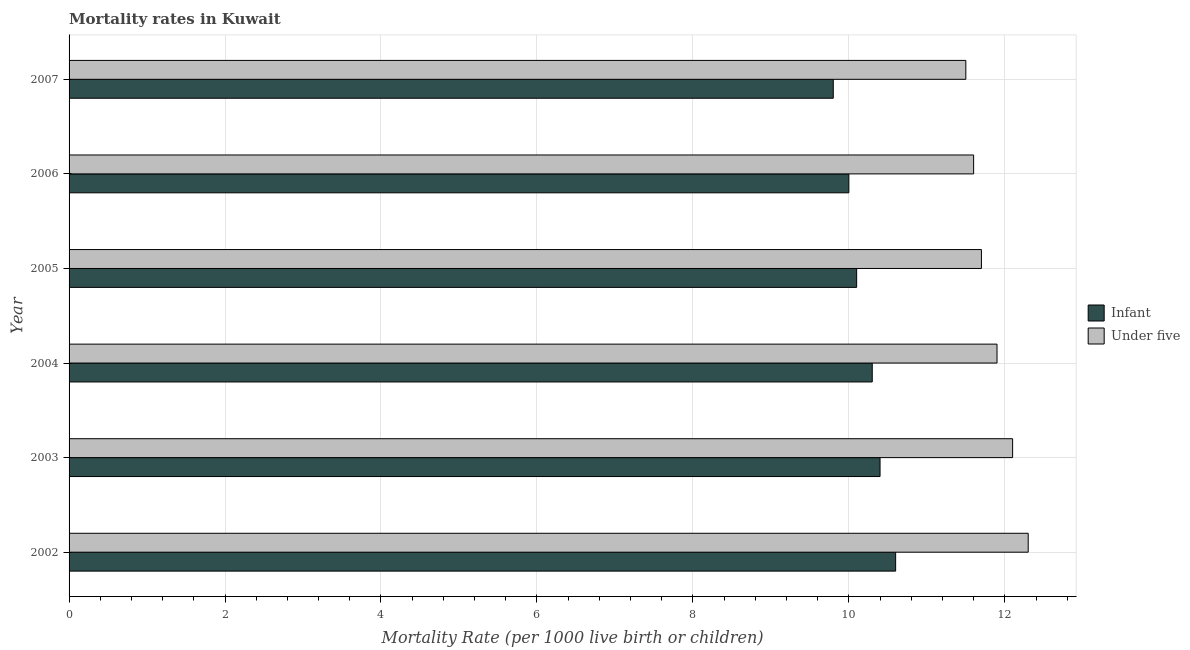
| Year | Infant | Under five |
 | --- | --- | --- |
 | 2002 | 10.6 | 12.3 |
 | 2003 | 10.4 | 12.1 |
 | 2004 | 10.3 | 11.9 |
 | 2005 | 10.1 | 11.7 |
 | 2006 | 10 | 11.6 |
 | 2007 | 9.8 | 11.5 |